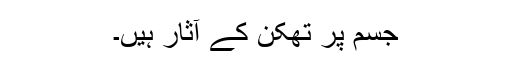
جسم پر تھکن کے آثار ہیں۔